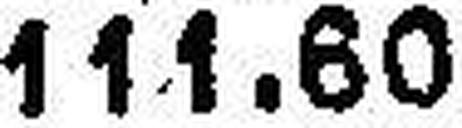
111.60